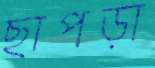
ছাপড়া